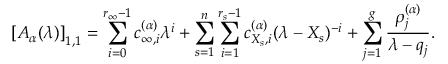
\left[ A _ { \boldsymbol { \alpha } } ( \lambda ) \right] _ { 1 , 1 } = \sum _ { i = 0 } ^ { r _ { \infty } - 1 } c _ { \infty , i } ^ { ( \boldsymbol { \alpha } ) } \lambda ^ { i } + \sum _ { s = 1 } ^ { n } \sum _ { i = 1 } ^ { r _ { s } - 1 } c _ { { X _ { s } } , i } ^ { ( \boldsymbol { \alpha } ) } ( \lambda - X _ { s } ) ^ { - i } + \sum _ { j = 1 } ^ { g } \frac { \rho _ { j } ^ { ( \boldsymbol { \alpha } ) } } { \lambda - q _ { j } } .